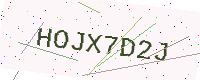
Text: HOJX7D2J